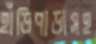
হাঁড়িপাড়াসহ